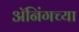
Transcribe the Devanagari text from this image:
ॲनिंगच्या